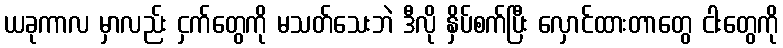
ယခုကာလ မှာလည်း ငှက်တွေကို မသတ်သေးဘဲ ဒီလို နှိပ်စက်ပြီး လှောင်ထားတာတွေ ငါးတွေကို